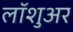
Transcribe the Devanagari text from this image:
लॉशुअर